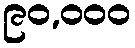
၉၀,၀၀၀